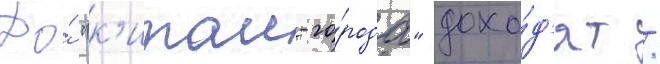
До́ "к'итаи-го́рода" дохо́д'ят /